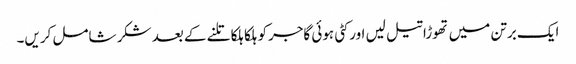
ایک برتن میں تھوڑا تیل لیں اور کٹی ہوئی گاجرکو ہلکا ہلکا تلنے کے بعد شکر شامل کریں۔